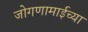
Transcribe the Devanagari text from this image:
जोगणामाईच्या